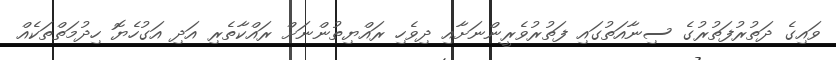
ވައިގެ ދަތުރުފަތުރުގެ ސިނާއަތުގައި ފަތުރުވެރީންނަށާއި ދިވެހި ރައްޔިތުންނަށް ރައްކާތެރި އަދި އަގުހެޔޮ ހިދުމަތްތަކެއް